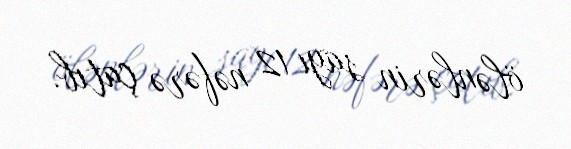
ölənlərin sayı 12 nəfərə çatıb.